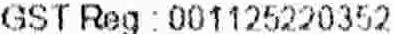
GST REG : 001125220352